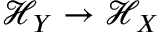
\mathcal { H } _ { Y } \rightarrow \mathcal { H } _ { X }